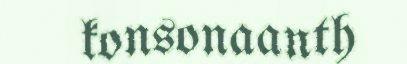
konsonaanth